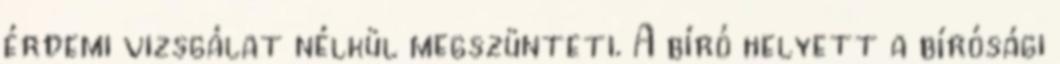
érdemi vizsgálat nélkül megszünteti. A bíró helyett a bírósági